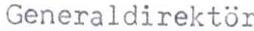
Generaldirektör